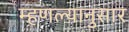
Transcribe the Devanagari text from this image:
म्हणल्यानुसार